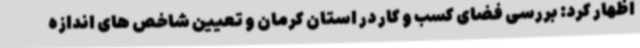
اظهار کرد: بررسی فضای کسب و کار در استان کرمان و تعیین شاخص های اندازه